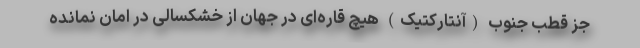
جز قطب جنوب (آنتارکتیک) هیچ قاره‌ای در جهان از خشکسالی در امان نمانده